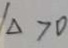
\Delta > 0